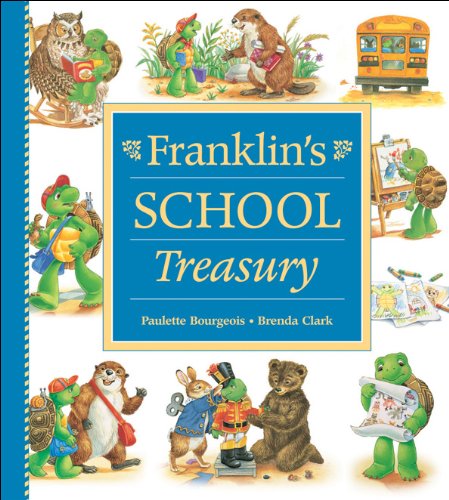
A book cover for Franklin's School Treasury; Paulette Bourgeois; Children's Books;